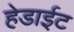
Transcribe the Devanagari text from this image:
हेडाईट